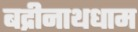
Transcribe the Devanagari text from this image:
बद्रीनाथधाम